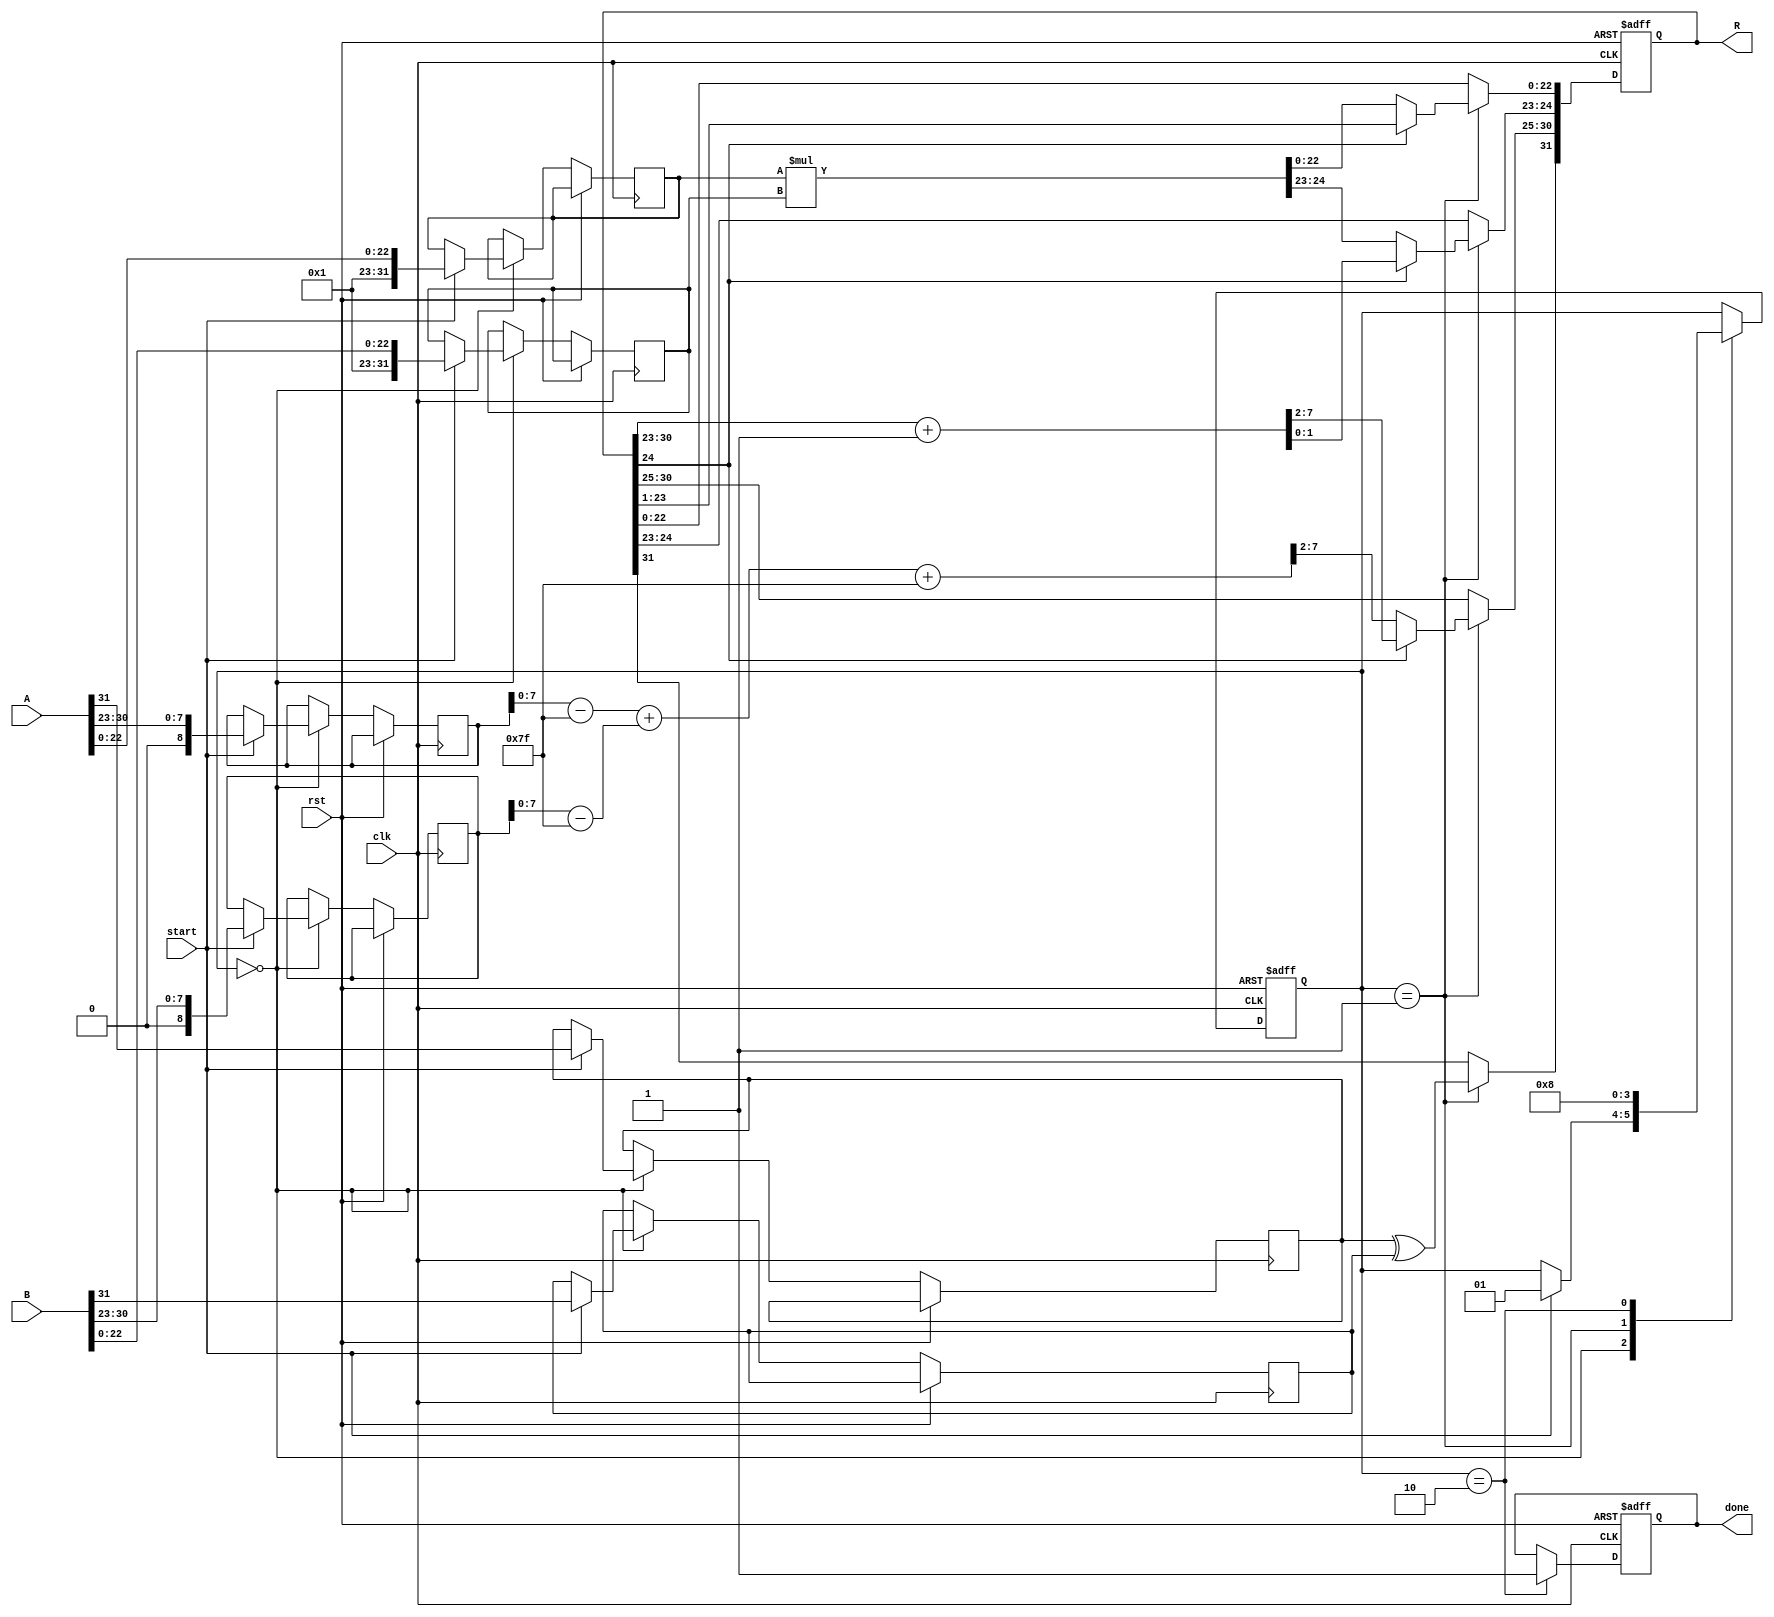
module fp_multiplier #(
    parameter E = 8,   // Number of exponent bits
    parameter M = 23   // Number of significand bits
)(
    input  wire        clk,       // Clock signal
    input  wire        rst,       // Reset signal
    input  wire        start,     // Start signal for the multiplication
    input  wire [E + M:0] A,      // First floating-point number: {S_A, E_A, M_A}
    input  wire [E + M:0] B,      // Second floating-point number: {S_B, E_B, M_B}
    output reg  [E + M:0] R,      // Resulting floating-point number: {S_R, E_R, M_R}
    output reg         done        // Indicates completion of operation
);

localparam BIAS = (1 << (E - 1)) - 1;
localparam MAX_SIGNIFICAND = (1 << (M + 1)) - 1; // can produce significand w/ implicit 1

reg [E + M:0] significand_a, significand_b;
reg [E:0] exponent_a, exponent_b;
reg sign_a, sign_b;
reg [1:0] state;

initial begin
    R = 0;
    done = 0;
    state = 0;
end

always @(posedge clk or posedge rst) begin
    if (rst) begin
        R <= 0;
        done <= 0;
        state <= 0;
    end else begin
        case (state)
            0: begin // Idle state
                if (start) begin
                    // Extract fields A
                    sign_a <= A[E + M];
                    exponent_a <= A[E + M - 1 : M];
                    significand_a <= {1'b1, A[M - 1 : 0]}; // Implicit leading one
                    
                    // Extract fields B
                    sign_b <= B[E + M];
                    exponent_b <= B[E + M - 1 : M];
                    significand_b <= {1'b1, B[M - 1 : 0]}; // Implicit leading one
                    
                    state <= 1; // Move to multiplication state
                end
            end
            1: begin // Perform multiplication
                // Sign calculation
                R[E + M] <= sign_a ^ sign_b;

                // Exponent calculation
                R[E + M - 1 : M] <= (exponent_a - BIAS) + (exponent_b - BIAS) + BIAS;

                // Significand multiplication
                {R[M + 1 : 0]} <= significand_a * significand_b;

                // Check normalization
                if (R[M + 1]) begin // leading 1 detected
                    R[M + 1 : 0] <= R[M + 1 : 0] >> 1;
                    R[E + M - 1 : M] <= R[E + M - 1 : M] + 1; // Adjust exponent
                end

                // Rounding (not implemented, just placeholder)
                // Additional rounding logic can be implemented based on specific rules

                state <= 2; // Move to done state
            end
            2: begin // Done state
                done <= 1; // Indicate operation completion
                state <= 0; // Reset to idle
            end
        endcase
    end
end

endmodule